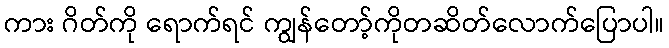
ကား ဂိတ်ကို ရောက်ရင် ကျွန်တော့်ကိုတဆိတ်လောက်ပြောပါ။